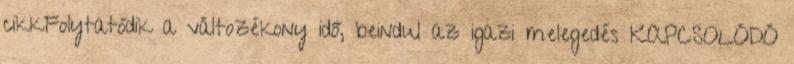
cikkFolytatódik a változékony idő, beindul az igazi melegedés KAPCSOLÓDÓ